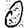
Digit: 0